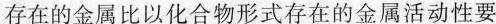
存在的金属比以化合物形式存在的金属活动性要